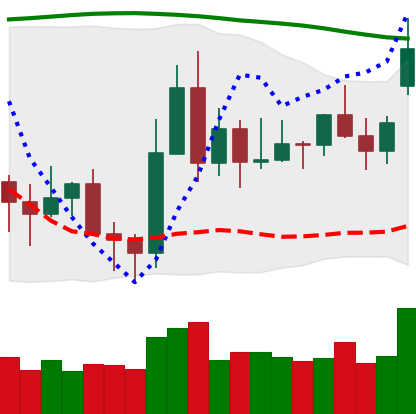
Ticker: XLM-USD
Chart end date: 2020-11-17
Forward return: 20.274%
Label: up_7plus